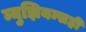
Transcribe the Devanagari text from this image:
म्युझियम्सही